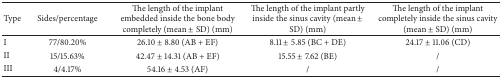
<table><thead><tr><td><b>Type</b></td><td><b>Sides/percentage</b></td><td><b>The length of the implant embedded inside the bone body completely (mean ± SD) (mm)</b></td><td><b>The length of the implant partly inside the sinus cavity (mean ± SD) (mm)</b></td><td><b>The length of the implant completely inside the sinus cavity (mean ± SD) (mm)</b></td></tr></thead><tbody><tr><td>I</td><td>77/80.20%</td><td>26.10 ± 8.80 (AB + EF)</td><td>8.11 ± 5.85 (BC + DE)</td><td>24.17 ± 11.06 (CD)</td></tr><tr><td>II</td><td>15/15.63%</td><td>42.47 ± 14.31 (AB + EF)</td><td>15.55 ± 7.62 (BE)</td><td>/</td></tr><tr><td>III</td><td>4/4.17%</td><td>54.16 ± 4.53 (AF)</td><td>/</td><td>/</td></tr></tbody></table>